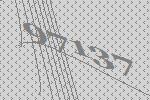
97137